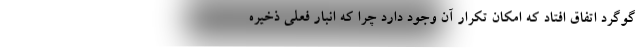
گوگرد اتفاق افتاد که امکان تکرار آن وجود دارد چرا که انبار فعلی ذخیره